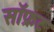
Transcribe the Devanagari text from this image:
सॉफ्रट